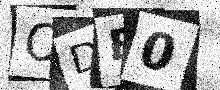
Text: ODB0